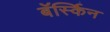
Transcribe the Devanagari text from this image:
बॅर्स्किन